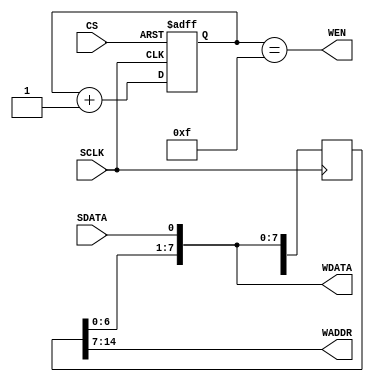
module spi_slave(
 input        CS,
 input        SCLK,
 input        SDATA,
 output       WEN,
 output [7:0] WADDR,
 output [7:0] WDATA
);

reg [14:0] shift_reg;
always @(posedge SCLK) shift_reg <= {shift_reg[13:0], SDATA};
assign WADDR = shift_reg[14:7];
assign WDATA = {shift_reg[6:0], SDATA};

reg [3:0] cnt;
always @(posedge SCLK or posedge CS)
  if (CS) cnt <= 4'd0;
  else    cnt <= cnt + 4'd1;

assign WEN = (cnt == 4'd15);

endmodule